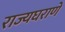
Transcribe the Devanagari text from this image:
राज्यघराणे